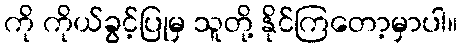
ကို ကိုယ်ခွင့်ပြုမှ သူတို့ နိုင်ကြတော့မှာပါ။